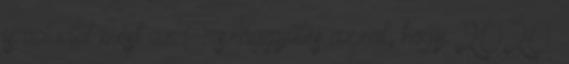
is ad időt most az Országgyűlés azzal, hogy 2020.